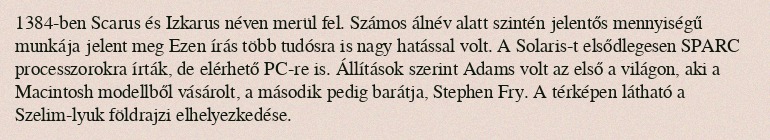
1384-ben Scarus és Izkarus néven merül fel. Számos álnév alatt szintén jelentős mennyiségű munkája jelent meg Ezen írás több tudósra is nagy hatással volt. A Solaris-t elsődlegesen SPARC processzorokra írták, de elérhető PC-re is. Állítások szerint Adams volt az első a világon, aki a Macintosh modellből vásárolt, a második pedig barátja, Stephen Fry. A térképen látható a Szelim-lyuk földrajzi elhelyezkedése.